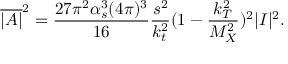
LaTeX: \overline { { { | { \cal A } | } } } ^ { 2 } = \frac { 2 7 \pi ^ { 2 } \alpha _ { s } ^ { 3 } ( 4 \pi ) ^ { 3 } } { 1 6 } \frac { s ^ { 2 } } { k _ { t } ^ { 2 } } ( 1 - \frac { k _ { T } ^ { 2 } } { M _ { X } ^ { 2 } } ) ^ { 2 } | { \cal I } | ^ { 2 } .